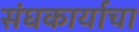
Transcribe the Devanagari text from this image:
संघकार्याचा